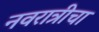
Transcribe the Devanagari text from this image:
नवरात्रीचा